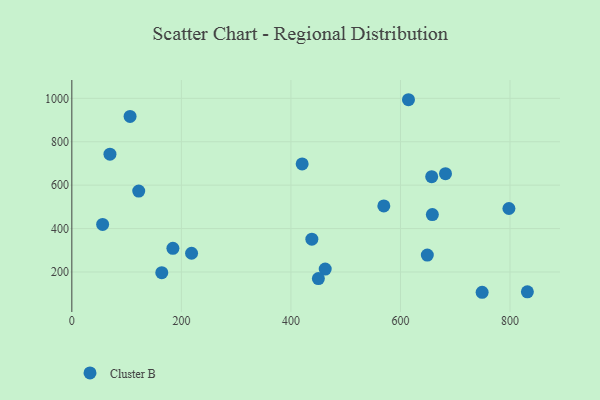
{"axis": {"x": "Experience", "y": "Yield"}, "legend": ["Cluster B"], "data": [{"x": "462.6", "y": 213.6, "type": "Cluster B"}, {"x": "749.1", "y": 106.5, "type": "Cluster B"}, {"x": "218.6", "y": 286.3, "type": "Cluster B"}, {"x": "106.3", "y": 916.9, "type": "Cluster B"}, {"x": "122.1", "y": 572.9, "type": "Cluster B"}, {"x": "184.5", "y": 309.1, "type": "Cluster B"}, {"x": "69.6", "y": 743.0, "type": "Cluster B"}, {"x": "831.7", "y": 108.7, "type": "Cluster B"}, {"x": "438.2", "y": 351.3, "type": "Cluster B"}, {"x": "658.2", "y": 464.3, "type": "Cluster B"}, {"x": "450.1", "y": 169.8, "type": "Cluster B"}, {"x": "569.6", "y": 504.4, "type": "Cluster B"}, {"x": "798.0", "y": 492.4, "type": "Cluster B"}, {"x": "420.5", "y": 698.0, "type": "Cluster B"}, {"x": "682.2", "y": 653.1, "type": "Cluster B"}, {"x": "614.6", "y": 993.7, "type": "Cluster B"}, {"x": "649.0", "y": 277.7, "type": "Cluster B"}, {"x": "657.0", "y": 639.3, "type": "Cluster B"}, {"x": "164.2", "y": 196.6, "type": "Cluster B"}, {"x": "56.2", "y": 419.3, "type": "Cluster B"}]}